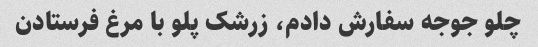
چلو جوجه سفارش دادم، زرشک پلو با مرغ فرستادن